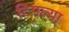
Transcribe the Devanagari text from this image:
टिपल्या